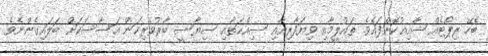
ބެހޭ ރިޕޯޓެއް ޝާއިޢުކޮށްފައެވެ. ތައުލީމާއި ވިޔަފާރިއާއި ސިއްޙަތާއި ސިޔާސީ ބާރުވެރިކަން އަސާސަކަށް ބަލައިގެންނެވެ.